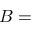
B =